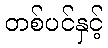
တစ်ပင်နှင့်